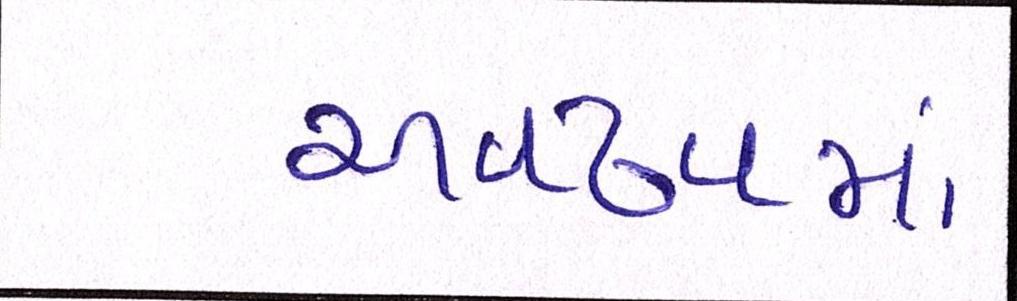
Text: અવઢવમાં